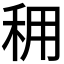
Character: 𥞖